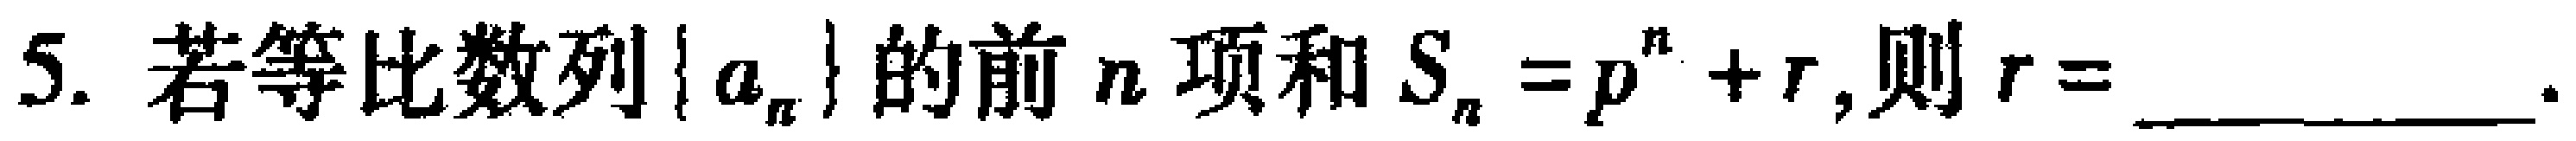
5. 若等比数列\(\{ a_{n}\}\)的前\(n\)项和\(S_{n}=p^{n}+r\),则\(r = \_\_\_\_\_\_.\)